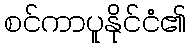
စင်ကာပူနိုင်ငံ၏